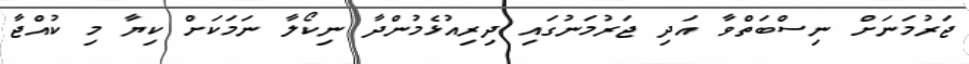
ޖަރުމަނަށް ނިސްބަތްވާ އަދި ޖަރުމަނުގައި ދިރިއުޅެމުންދާ ނިކޯލާ ނަމަކަށް ކިޔާ މި ކުއްޖާ